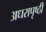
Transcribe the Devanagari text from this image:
अधरापृष्ठी